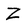
Character: Z